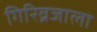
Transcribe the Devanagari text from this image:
गिरिव्रजाला